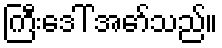
ကြီးဒေါ် အော်သည်။